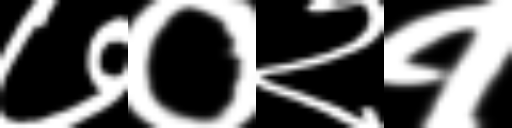
Text: ७०२१